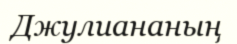
Джулиананың